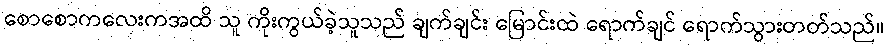
စောစောကလေးကအထိ သူ ကိုးကွယ်ခဲ့သူသည် ချက်ချင်း မြောင်းထဲ ရောက်ချင် ရောက်သွားတတ်သည်။